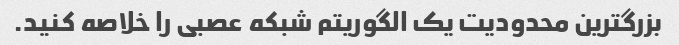
بزرگترین محدودیت یک الگوریتم شبکه عصبی را خلاصه کنید.